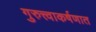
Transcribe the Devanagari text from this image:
गुरुत्त्वाकर्षणात